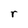
Character: r